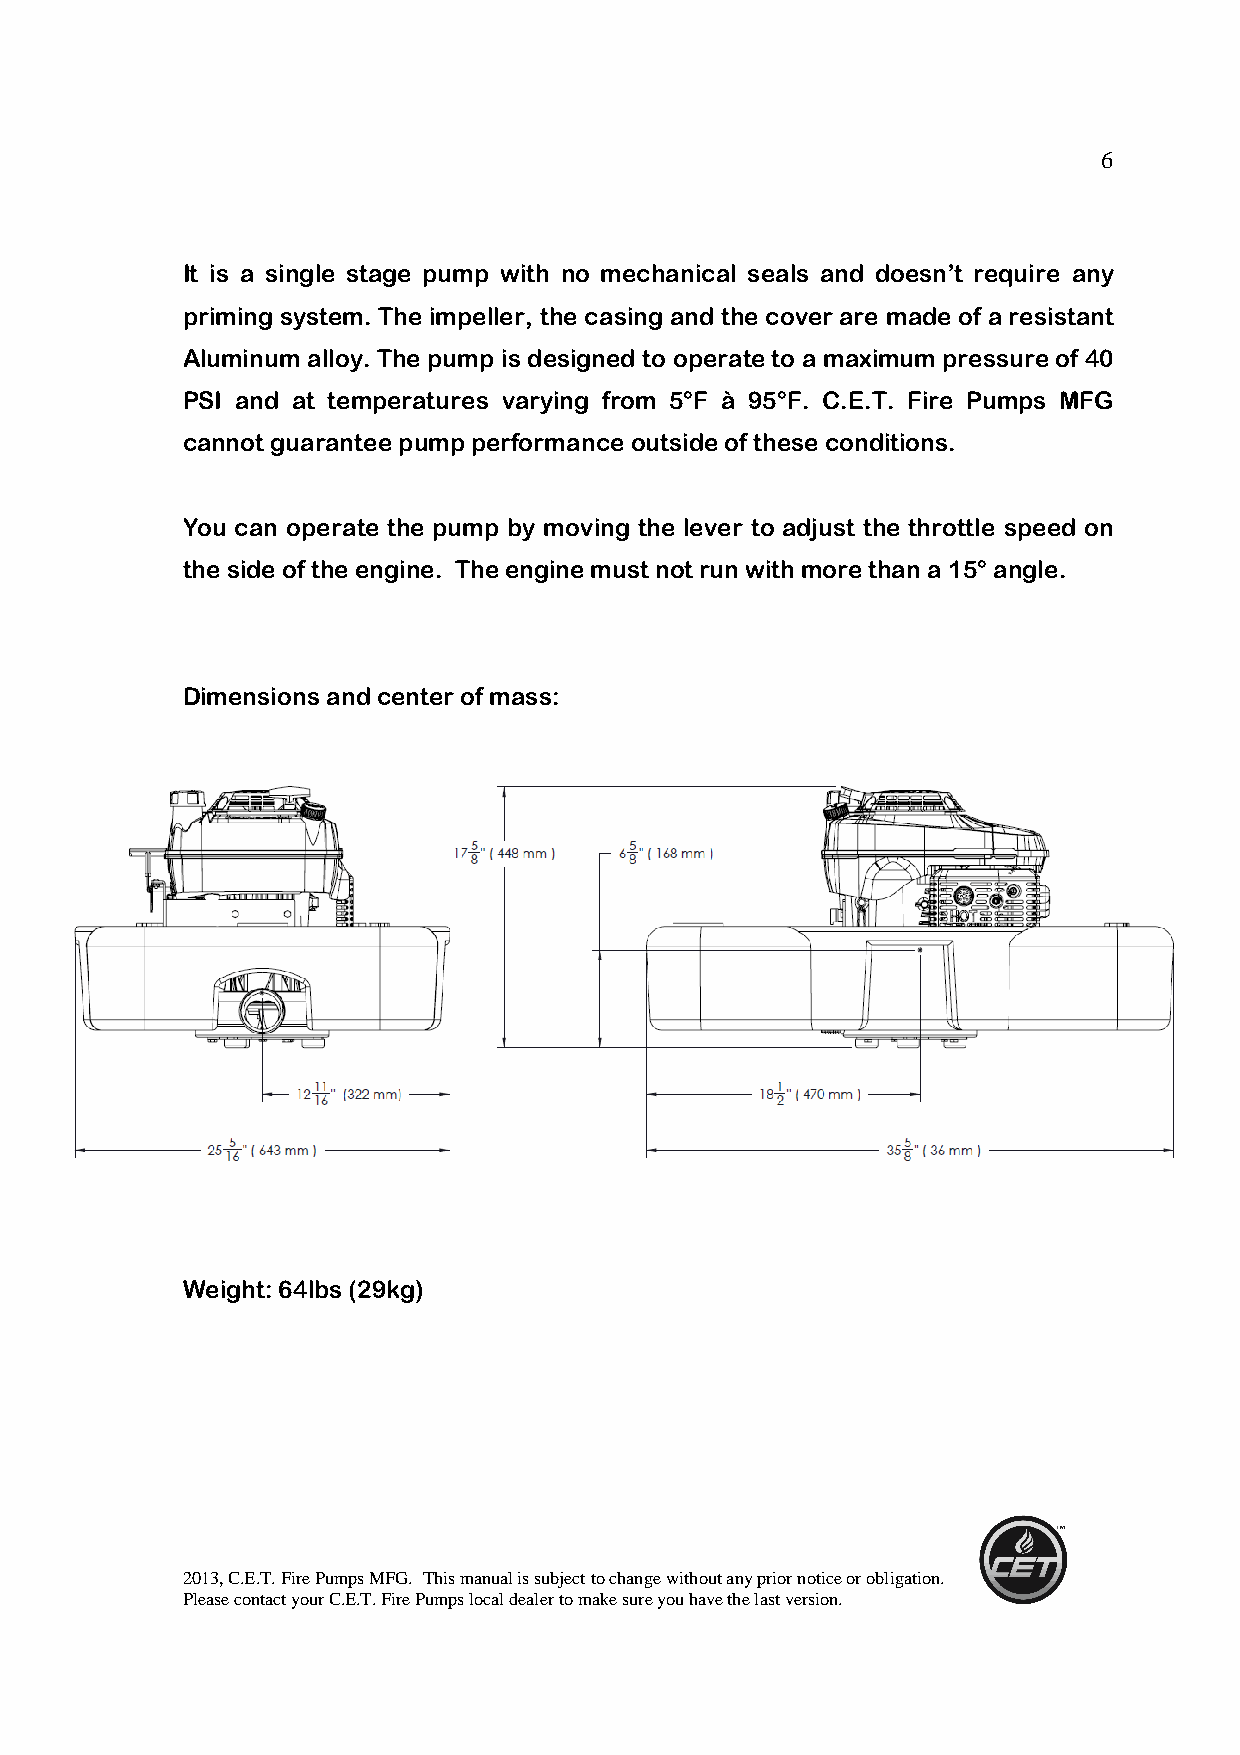
6
 It is a single stage pump with no mechanical seals and doesn’t require any
 priming system. The impeller, the casing and the cover are made of a resistant
 Aluminum alloy. The pump is designed to operate to a maximum pressure of 40
 PSI and at temperatures varying from 5°F à 95°F. C.E.T. Fire Pumps MFG
 cannot guarantee pump performance outside of these conditions.
 You can operate the pump by moving the lever to adjust the throttle speed on
 the side of the engine. The engine must not run with more than a 15° angle.
 Dimensions and center of mass:
 Weight: 64lbs (29kg)
 2013, C.E.T. Fire Pumps MFG. This manual is subject to change without any prior notice or obligation.
 Please contact your C.E.T. Fire Pumps local dealer to make sure you have the last version.